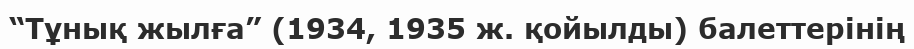
“Тұнық жылға” (1934, 1935 ж. қойылды) балеттерінің